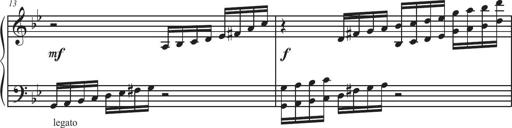
Title: Sonatina Espania
Composer: Jerald Franklin Archer
Key: Various